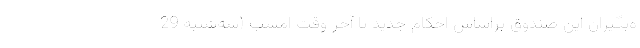
ه‌بگیران این صندوق براساس احکام جدید تا آخر وقت امشب (سه‌شنبه 29